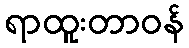
ရာထူးတာဝန်